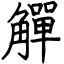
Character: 觶